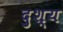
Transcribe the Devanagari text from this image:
दुश्‍य